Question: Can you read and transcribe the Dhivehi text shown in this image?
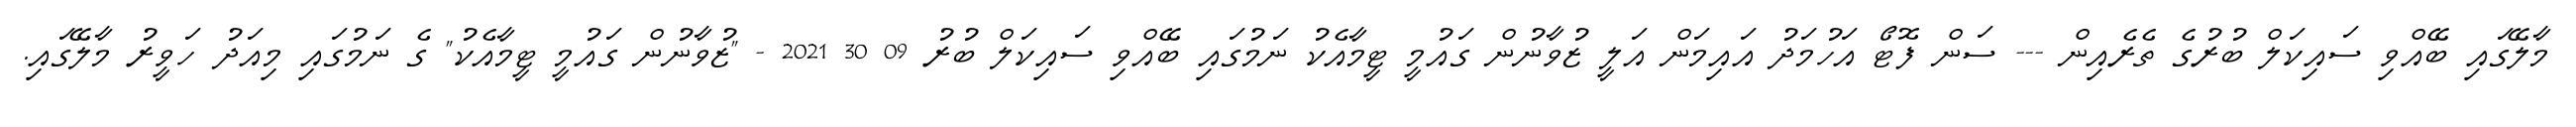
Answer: މާލޭގައި ބޭއްވި ސައިކަލް ބުރުގެ ތެރެއިން --- ސަން ފޮޓޯ އަހުމަދު އައިމަން އަލީ ޒުވާނުން ގައުމީ ޓީމާއެކު ނަމުގައި ބޭއްވި ސައިކަލް ބުރު 09 30 2021 - "ޒުވާނުން ގައުމީ ޓީމާއެކު" ގެ ނަމުގައި މިއަދު ހަވީރު މާލޭގައި.